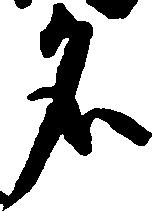
名